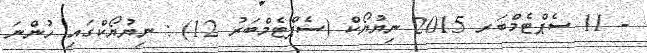
- 11 ސެޕްޓެމްބަރ 2015 ނިޔުޔޯކް (ސެޕްޓެމްބަރު 12) : ނިޔުޔޯކްގައި ހުންނަ